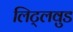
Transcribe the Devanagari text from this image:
लिट्लवुड